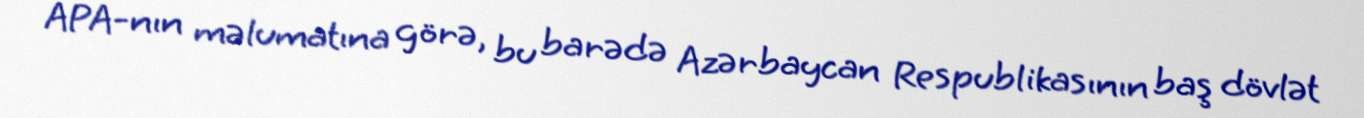
APA-nın məlumatına görə, bu barədə Azərbaycan Respublikasının baş dövlət